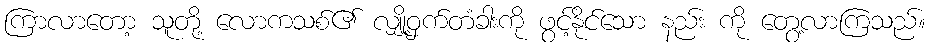
ကြာလာတော့ သူတို့ လောကသစ်၏ လျှို့ဝှက်တံခါးကို ဖွင့်နိုင်သော နည်း ကို တွေ့လာကြသည်။